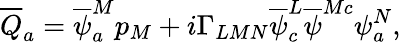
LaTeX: \overline{{{Q}}}_{a}=\overline{{{\psi}}}_{a}^{M}p_{M}+i\Gamma_{LMN}\overline{{{\psi}}}_{c}^{L}\overline{{{\psi}}}^{Mc}\psi_{a}^{N},